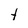
Character: t